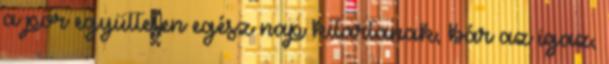
a por együttesen egész nap kitartanak, bár az igaz,